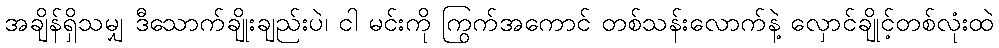
အချိန်ရှိသမျှ ဒီသောက်ချိုးချည်းပဲ၊ ငါ မင်းကို ကြွက်အကောင် တစ်သန်းလောက်နဲ့ လှောင်ချိုင့်တစ်လုံးထဲ